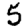
Digit: 5